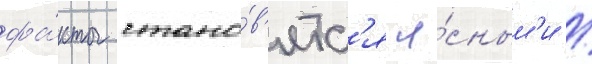
фа́кты стано́в'ятс'я я́сным'и /